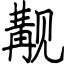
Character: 觏